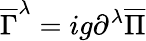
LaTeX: \overline{{{\Gamma}}}^{\lambda}=ig\partial^{\lambda}\overline{{{\Pi}}}